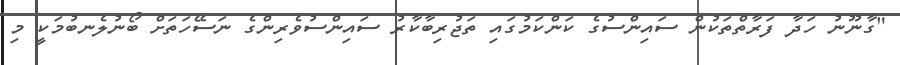
"ގާނޫނު ހަދާ ފަރާތްތަކުން ސައިންސުގެ ކަންކަމުގައި ތަޖުރިބާކާރު ސައިންސުވެރިންގެ ނަސޭހަތަށް ބޯނުލެނބުމަކީ މި